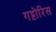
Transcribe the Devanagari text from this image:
गट्टोरिस